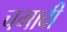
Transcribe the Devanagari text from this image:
चमावी